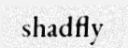
shadfly